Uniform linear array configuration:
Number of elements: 16
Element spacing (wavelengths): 1
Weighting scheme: hann
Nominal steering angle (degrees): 0
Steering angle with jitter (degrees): -1.345
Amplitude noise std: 0.05
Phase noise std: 0.05

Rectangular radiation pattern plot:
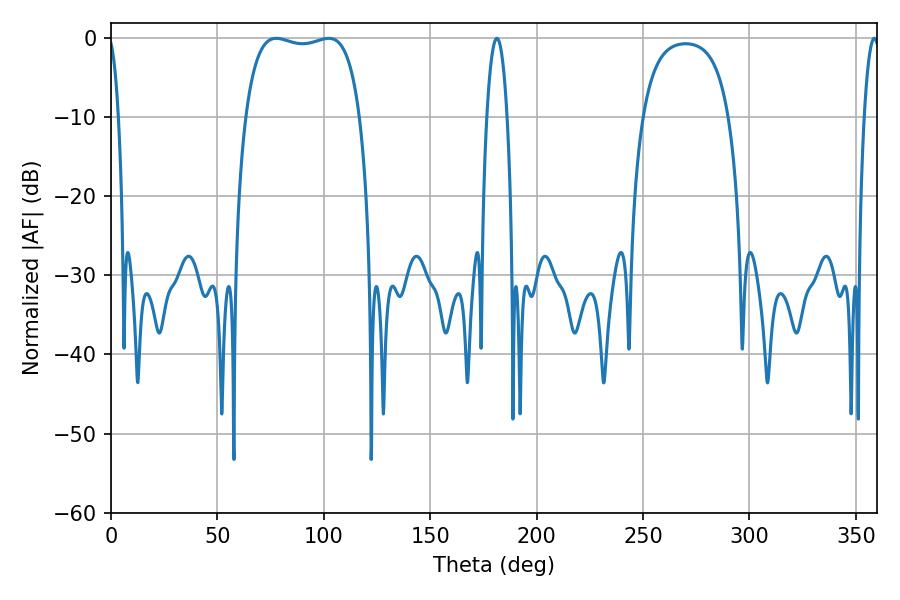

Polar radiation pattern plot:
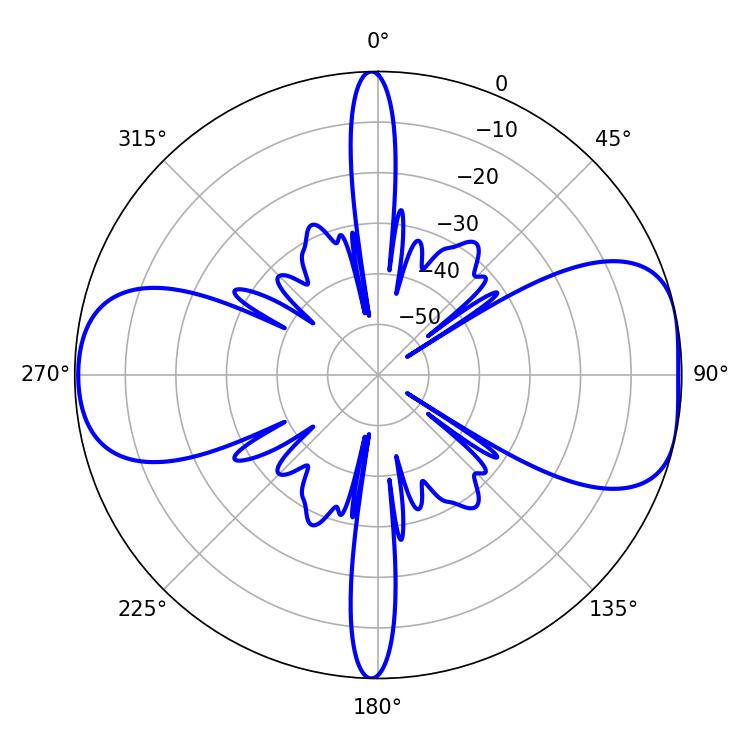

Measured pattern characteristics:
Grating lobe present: TRUE
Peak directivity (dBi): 8.307
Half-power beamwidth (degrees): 43.2
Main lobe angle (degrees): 77.58